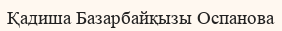
Қадиша Базарбайқызы Оспанова